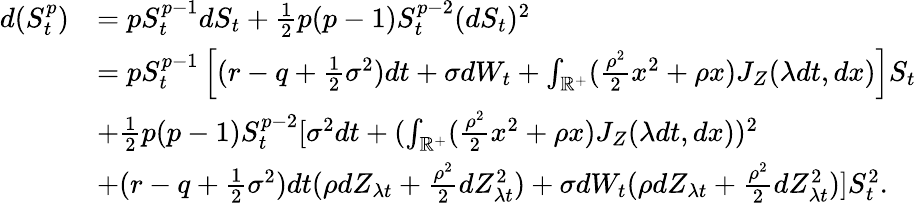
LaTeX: \begin{array}{rl}{d(S_{t}^{p})}&{=pS_{t}^{p-1}dS_{t}+\frac{1}{2}p(p-1)S_{t}^{p-2}(dS_{t})^{2}}\\ &{=pS_{t}^{p-1}\left[(r-q+\frac{1}{2}\sigma^{2})dt+\sigma dW_{t}+\int_{\mathbb{R}^{+}}(\frac{\rho^{2}}{2}x^{2}+\rho x){J}_{Z}(\lambda dt,dx)\right]S_{t}}\\ &{+\frac{1}{2}p(p-1)S_{t}^{p-2}[\sigma^{2}dt+(\int_{\mathbb{R}^{+}}(\frac{\rho^{2}}{2}x^{2}+\rho x){J}_{Z}(\lambda dt,dx))^{2}}\\ &{+(r-q+\frac{1}{2}\sigma^{2})dt(\rho dZ_{\lambda t}+\frac{\rho^{2}}{2}dZ_{\lambda t}^{2})+\sigma dW_{t}(\rho dZ_{\lambda t}+\frac{\rho^{2}}{2}dZ_{\lambda t}^{2})]S_{t}^{2}.}\end{array}